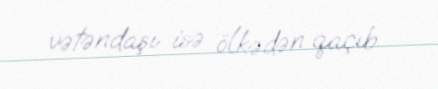
vətəndaşı isə ölkədən qaçıb.